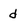
Character: d